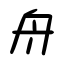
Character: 舟